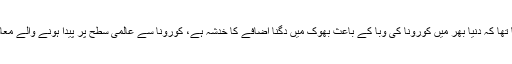
اس سے قبل اقوامِ متحدہ نے بھی خبردار کیا تھا کہ دنیا بھر میں کورونا کی وبا کے باعث بھوک میں دگنا اضافے کا خدشہ ہے، کورونا سے عالمی سطح پر پیدا ہونے والے معاشی بحران کے باعث بھوک بڑھ سکتی ہے۔